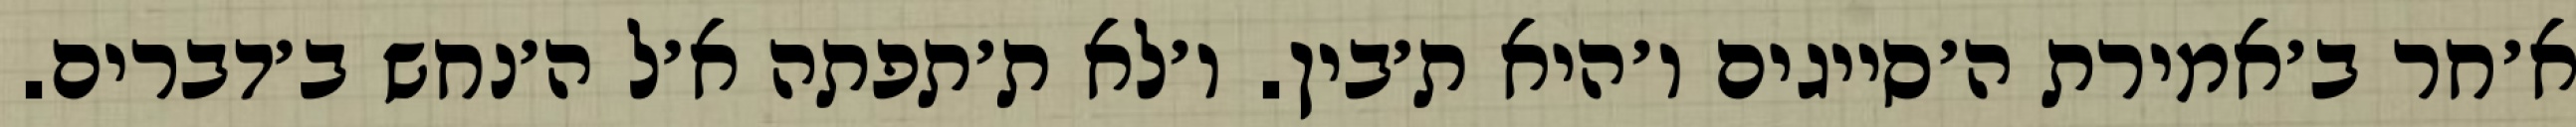
א׳חר ב׳אמירת ה׳סייגים ו׳היא ת׳בין. ו׳לא ת׳תפתה א׳ל ה׳נחש ב׳דברים.